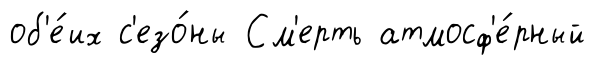
об'е́их с'езо́ны См'ерть атмосф'е́рный